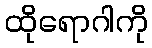
ထိုရောဂါကို